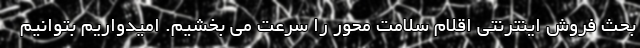
بحث فروش اینترنتی اقلام سلامت محور را سرعت می بخشیم. امیدواریم بتوانیم